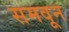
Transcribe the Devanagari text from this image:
समवून